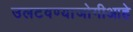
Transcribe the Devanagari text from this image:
उलटवण्याजोगीआहे